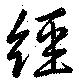
經